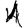
Digit: 1